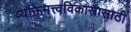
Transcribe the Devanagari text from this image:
व्यक्तिमत्त्वविकासासाठी